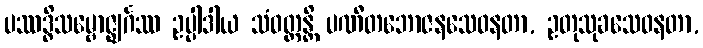
ပဿဒ္ဓိသမ္ဗောဇ္ဈင်္ဂဿ ဥပ္ပါဒါယ သံဝတ္တန္တိ ပဏီတဘောဇနသေဝနတာ, ဥတုသုခသေဝနတာ,